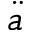
\ddot { a }